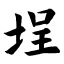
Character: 埕